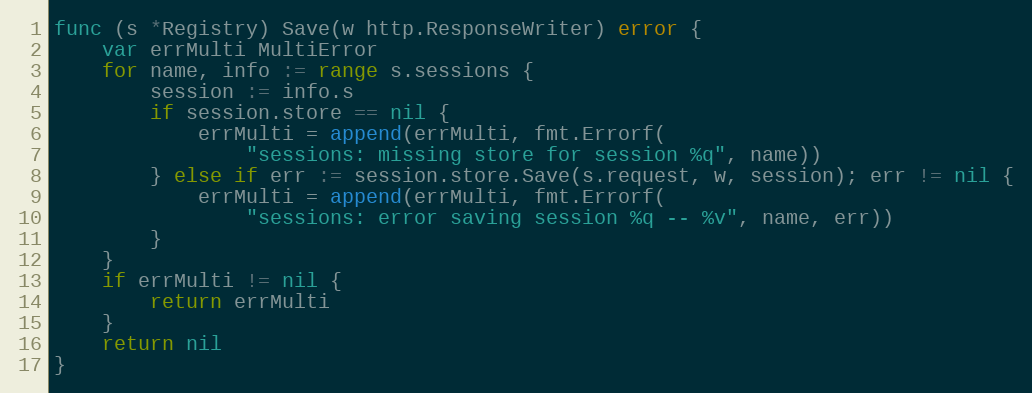
Language: Go
func (s *Registry) Save(w http.ResponseWriter) error {
	var errMulti MultiError
	for name, info := range s.sessions {
		session := info.s
		if session.store == nil {
			errMulti = append(errMulti, fmt.Errorf(
				"sessions: missing store for session %q", name))
		} else if err := session.store.Save(s.request, w, session); err != nil {
			errMulti = append(errMulti, fmt.Errorf(
				"sessions: error saving session %q -- %v", name, err))
		}
	}
	if errMulti != nil {
		return errMulti
	}
	return nil
}